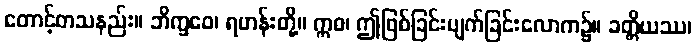
တောင့်တသနည်း။ ဘိက္ခဝေ၊ ရဟန်းတို့။ ဣဓ၊ ဤဖြစ်ခြင်းပျက်ခြင်းလောက၌။ ခတ္တိယဿ၊